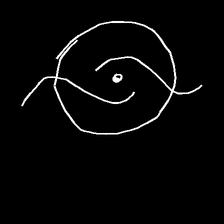
Glyph: repetition